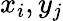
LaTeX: x_{i},y_{j}